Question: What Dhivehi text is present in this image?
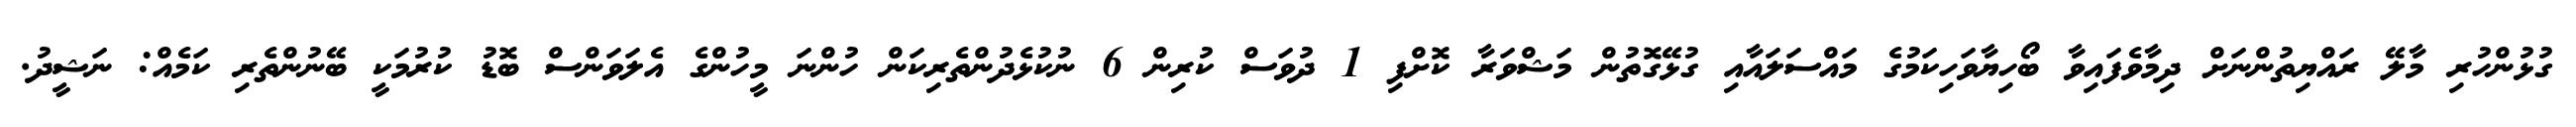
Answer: ގުޅުންހުރި މާލޭ ރައްޔިތުންނަށް ދިމާވެފައިވާ ބޯހިޔާވަހިކަމުގެ މައްސަލައާއި ގުޅޭގޮތުން މަޝްވަރާ ކޮށްފި 1 ދުވަސް ކުރިން 6 ނުކުޅެދުންތެރިކަން ހުންނަ މީހުންގެ އެލަވަންސް ބޮޑު ކުރުމަކީ ބޭނުންތެރި ކަމެއް: ނަޝީދު.